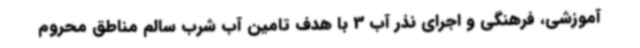
آموزشی، فرهنگی و اجرای نذر آب 3 با هدف تامین آب شرب سالم مناطق محروم